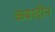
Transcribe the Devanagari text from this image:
कबरदीन